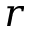
r